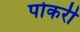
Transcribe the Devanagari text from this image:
पोकरी